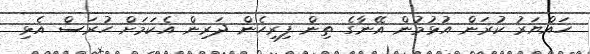
ހައްޔަރު ކުރަން އުޅުމުން އޭނާގެ ތިން ފިރިހެން ދަރިން އެކަމަށް ހުރަސް އެޅި